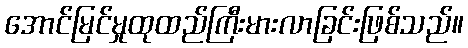
အောင်မြင်မှုထုထည်ကြီးမားလာခြင်းဖြစ်သည်။